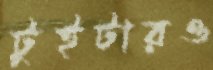
টুইটারও